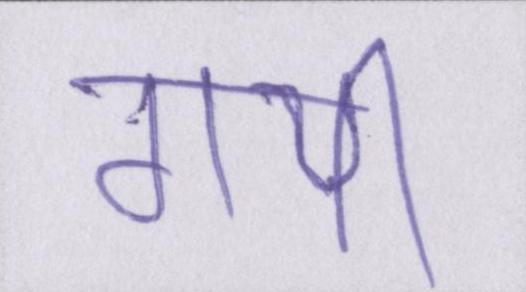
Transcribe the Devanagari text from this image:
गयीँ